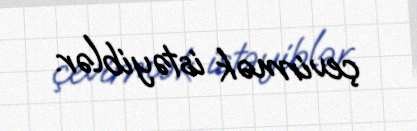
çevirmək istəyiblər.